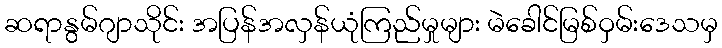
ဆရာနွမ်ဂျာသိုင်း အပြန်အလှန်ယုံကြည်မှုများ မဲခေါင်မြစ်ဝှမ်းဒေသမှ